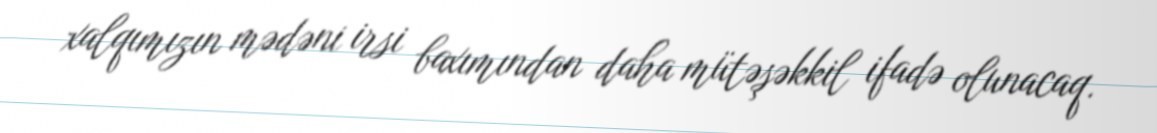
xalqımızın mədəni irsi baxımından daha mütəşəkkil ifadə olunacaq.